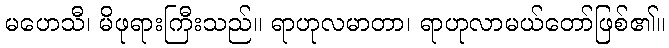
မဟေသီ၊ မိဖုရားကြီးသည်။ ရာဟုလမာတာ၊ ရာဟုလာမယ်တော်ဖြစ်၏။